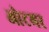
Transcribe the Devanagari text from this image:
ओटमर